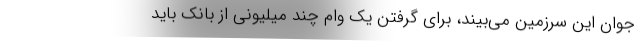
جوان این سرزمین می‌بیند، برای گرفتن یک وام چند میلیونی از بانک باید